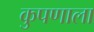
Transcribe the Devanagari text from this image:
कुपणाला